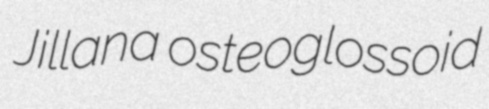
Jillana osteoglossoid